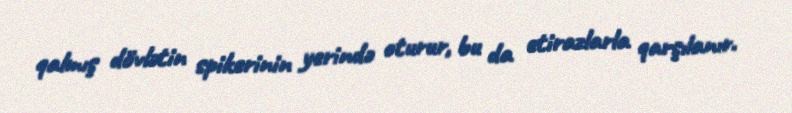
qalmış dövlətin spikerinin yerində oturur, bu da etirazlarla qarşılanır.